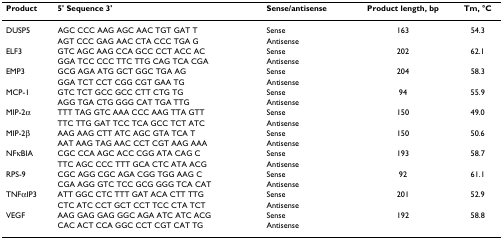
<table><thead><tr><td><b>Product</b></td><td><b>5&#x27; Sequence 3&#x27;</b></td><td><b>Sense/antisense</b></td><td><b>Product length, bp</b></td><td><b>Tm, °C</b></td></tr></thead><tbody><tr><td>DUSP5</td><td>AGC CCC AAG AGC AAC TGT GAT T</td><td>Sense</td><td>163</td><td>54.3</td></tr><tr><td></td><td>AGT CCC GAG AAC CTA CCC TGA G</td><td>Antisense</td><td></td><td></td></tr><tr><td>ELF3</td><td>GTC AGC AAG CCA GCC CCT ACC AC</td><td>Sense</td><td>202</td><td>62.1</td></tr><tr><td></td><td>GGA TCC CCC TTC TTG CAG TCA CGA</td><td>Antisense</td><td></td><td></td></tr><tr><td>EMP3</td><td>GCG AGA ATG GCT GGC TGA AG</td><td>Sense</td><td>204</td><td>58.3</td></tr><tr><td></td><td>GGA TCT CCT CGG CGT GAA TG</td><td>Antisense</td><td></td><td></td></tr><tr><td>MCP-1</td><td>GTC TCT GCC GCC CTT CTG TG</td><td>Sense</td><td>94</td><td>55.9</td></tr><tr><td></td><td>AGG TGA CTG GGG CAT TGA TTG</td><td>Antisense</td><td></td><td></td></tr><tr><td>MIP-2α</td><td>TTT TAG GTC AAA CCC AAG TTA GTT</td><td>Sense</td><td>150</td><td>49.0</td></tr><tr><td></td><td>TTC TTG GAT TCC TCA GCC TCT ATC</td><td>Antisense</td><td></td><td></td></tr><tr><td>MIP-2β</td><td>AAG AAG CTT ATC AGC GTA TCA T</td><td>Sense</td><td>150</td><td>50.6</td></tr><tr><td></td><td>AAT AAG TAG AAC CCT CGT AAG AAA</td><td>Antisense</td><td></td><td></td></tr><tr><td>NFκBIA</td><td>CGC CCA AGC ACC CGG ATA CAG C</td><td>Sense</td><td>193</td><td>58.7</td></tr><tr><td></td><td>TTC AGC CCC TTT GCA CTC ATA ACG</td><td>Antisense</td><td></td><td></td></tr><tr><td>RPS-9</td><td>CGC AGG CGC AGA CGG TGG AAG C</td><td>Sense</td><td>92</td><td>61.1</td></tr><tr><td></td><td>CGA AGG GTC TCC GCG GGG TCA CAT</td><td>Antisense</td><td></td><td></td></tr><tr><td>TNFαIP3</td><td>ATT GGC CTC TTT GAT ACA CTT TTG</td><td>Sense</td><td>201</td><td>52.9</td></tr><tr><td></td><td>CTC ATC CCT GCT CCT TCC CTA TCT</td><td>Antisense</td><td></td><td></td></tr><tr><td>VEGF</td><td>AAG GAG GAG GGC AGA ATC ATC ACG</td><td>Sense</td><td>192</td><td>58.8</td></tr><tr><td></td><td>CAC ACT CCA GGC CCT CGT CAT TG</td><td>Antisense</td><td></td><td></td></tr></tbody></table>